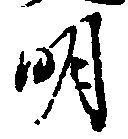
明